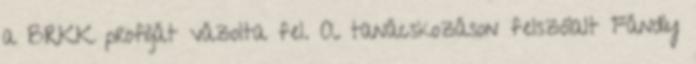
a BRKK profilját vázolta fel. A tanácskozáson felszólalt Fándly